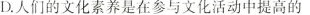
D.人们的文化素养是在参与文化活动中提高的